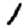
Digit: 1